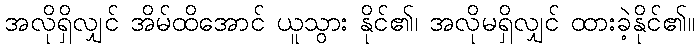
အလိုရှိလျှင် အိမ်ထိအောင် ယူသွား နိုင်၏၊ အလိုမရှိလျှင် ထားခဲ့နိုင်၏။